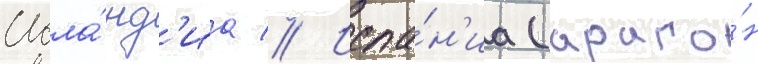
Исла́нд'иа // Испа́н'иа (араго́н